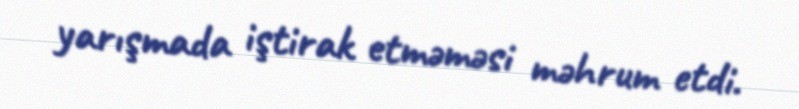
yarışmada iştirak etməməsi məhrum etdi.